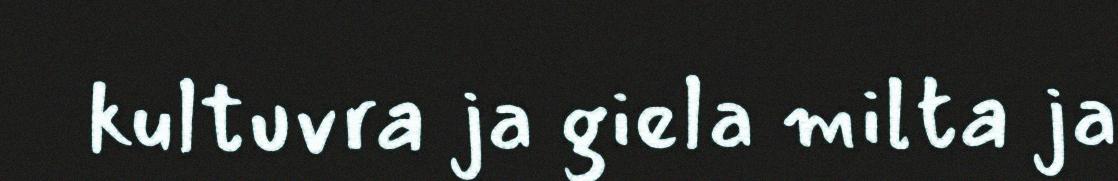
kultuvra ja giela milta ja